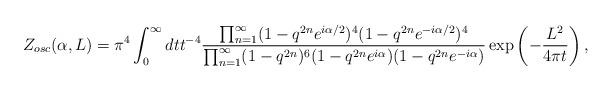
LaTeX: \begin{align*}Z_{osc}(\alpha,L) = \pi^4\int_0^\infty dt t^{-4}\frac{\prod_{n=1}^\infty (1-q^{2n}e^{i\alpha/2})^4 (1-q^{2n}e^{-i\alpha/2})^4} {\prod_{n=1}^\infty (1-q^{2n})^6(1-q^{2n}e^{i\alpha})(1-q^{2n}e^{-i\alpha})}\exp\left(-{L^2 \over {4\pi t}}\right),\end{align*}